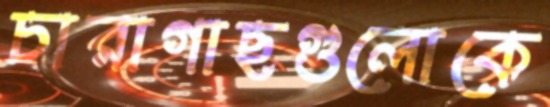
চারাগাছগুলোকে